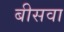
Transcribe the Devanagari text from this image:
बीसवा